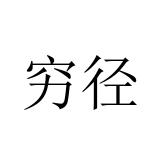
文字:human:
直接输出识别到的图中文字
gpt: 穷径